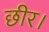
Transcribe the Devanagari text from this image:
छीर।